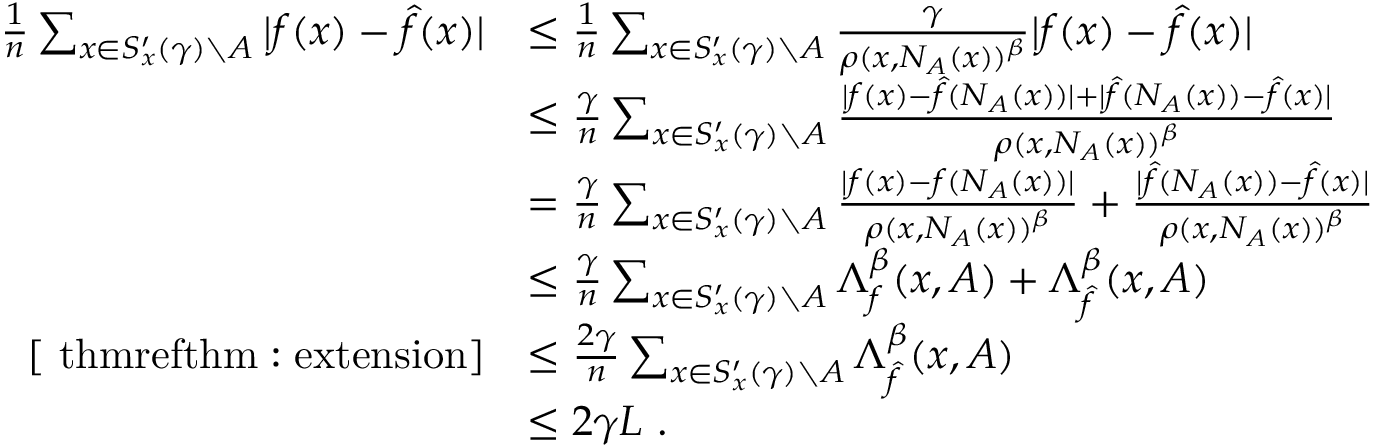
\begin{array} { r l } { \frac { 1 } { n } \sum _ { x \in S _ { x } ^ { \prime } ( \gamma ) \setminus A } | f ( x ) - { \widehat { f } } ( x ) | } & { \leq \frac { 1 } { n } \sum _ { x \in S _ { x } ^ { \prime } ( \gamma ) \setminus A } \frac { \gamma } { \rho ( x , N _ { A } ( x ) ) ^ { \beta } } | f ( x ) - { \widehat { f } } ( x ) | } \\ & { \leq \frac { \gamma } { n } \sum _ { x \in S _ { x } ^ { \prime } ( \gamma ) \setminus A } \frac { | f ( x ) - { \widehat { f } } ( N _ { A } ( x ) ) | + | { \widehat { f } } ( N _ { A } ( x ) ) - { \widehat { f } } ( x ) | } { \rho ( x , N _ { A } ( x ) ) ^ { \beta } } } \\ & { = \frac { \gamma } { n } \sum _ { x \in S _ { x } ^ { \prime } ( \gamma ) \setminus A } \frac { | f ( x ) - f ( N _ { A } ( x ) ) | } { \rho ( x , N _ { A } ( x ) ) ^ { \beta } } + \frac { | { \widehat { f } } ( N _ { A } ( x ) ) - { \widehat { f } } ( x ) | } { \rho ( x , N _ { A } ( x ) ) ^ { \beta } } } \\ & { \leq \frac { \gamma } { n } \sum _ { x \in S _ { x } ^ { \prime } ( \gamma ) \setminus A } \Lambda _ { f } ^ { \beta } ( x , A ) + \Lambda _ { \widehat { f } } ^ { \beta } ( x , A ) } \\ { \left[ \mathrm { \ t h m r e f { t h m : e x t e n s i o n } } \right] } & { \leq \frac { 2 \gamma } { n } \sum _ { x \in S _ { x } ^ { \prime } ( \gamma ) \setminus A } \Lambda _ { \widehat { f } } ^ { \beta } ( x , A ) } \\ & { \leq 2 \gamma L ~ . } \end{array}